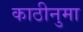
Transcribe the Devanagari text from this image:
काठीनुमा